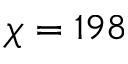
\chi = 1 9 8